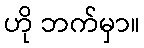
ဟို ဘက်မှာ။